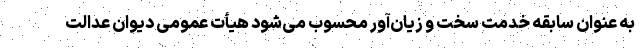
به عنوان سابقه خدمت سخت و زیان‌آور محسوب می‌شود هیأت عمومی دیوان عدالت